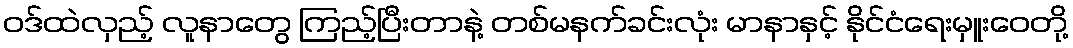
ဝဒ်ထဲလှည့် လူနာတွေ ကြည့်ပြီးတာနဲ့ တစ်မနက်ခင်းလုံး မာနာနှင့် နိုင်ငံရေးမှူးဝေတို့